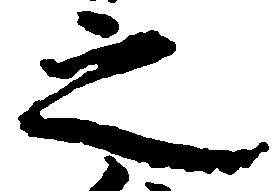
之